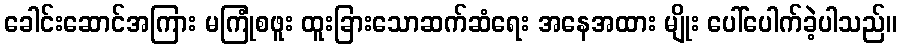
ခေါင်းဆောင်အကြား မကြုံစဖူး ထူးခြားသောဆက်ဆံရေး အနေအထား မျိုး ပေါ်ပေါက်ခဲ့ပါသည်။